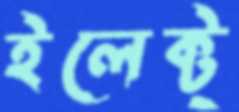
ইলেক্ট্